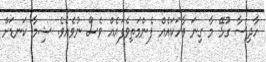
ހާދިސާ ގުޅޭ މާ ގިނަ ވާހަކައެއް ފެންމަތިވެފައެއް ވެސް ނުވެއެވެ. ޝިމާ ކަނޑަށް